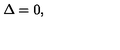
\Delta = 0 ,